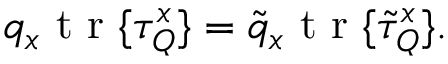
q _ { x } \mathrm { ~ t ~ r ~ } \{ \tau _ { Q } ^ { x } \} = \tilde { q } _ { x } \mathrm { ~ t ~ r ~ } \{ \tilde { \tau } _ { Q } ^ { x } \} .